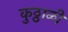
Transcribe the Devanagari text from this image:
कुठ्ठाळी